Plague in India, 1896, 1897 - Volume 1
Year: 1896
Disease focus: Plague
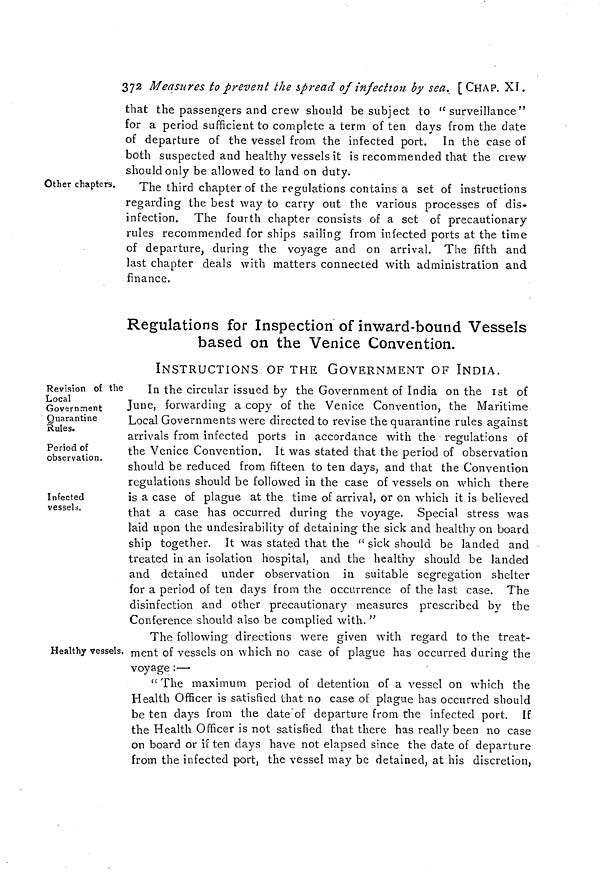
372 Measures to prevent the spread of infection by sea. [ CHAP. XI .
that the passengers and crew should be subject to " surveillance"
for a period sufficient to complete a term of ten days from the date
of departure of the vessel from the infected port. In the case of
both suspected and healthy vessels it is recommended that the crew
should only be allowed to land on duty.
Other chapters.
The third chapter of the regulations contains a set of instructions
regarding the best way to carry out the various processes of dis-
infection. The fourth chapter consists of a set of precautionary
rules recommended for ships sailing from infected ports at the time
of departure, during the voyage and on arrival. The fifth and
last chapter deals with matters connected with administration and
finance.
Regulations for Inspection of inward-bound Vessels
based on the Venice Convention.
INSTRUCTIONS OF THE GOVERNMENT OF INDIA.
Revision of the
Local
Government
Quarantine
Rules.
Period of
observation.
Infected
vessels.
In the circular issued by the Government of India on the 1st of
June, forwarding a copy of the Venice Convention, the Maritime
Local Governments were directed to revise the quarantine rules against
arrivals from infected ports in accordance with the regulations of
the Venice Convention. It was stated that the period of observation
should be reduced from fifteen to ten days, and that the Convention
regulations should be followed in the case of vessels on which there
is a case of plague at the time of arrival, or on which it is believed
that a case has occurred during the voyage. Special stress was
laid upon the undesirability of detaining the sick and healthy on board
ship together. It was stated that the " sick should be landed and
treated in an isolation hospital, and the healthy should be landed
and detained under observation in suitable segregation shelter
for a period of ten days from the occurrence of the last case. The
disinfection and other precautionary measures prescribed by the
Conference should also be complied with. "
Healthy vessels.
The following directions were given with regard to the treat-
ment of vessels on which no case of plague has occurred during the
voyage:—
"The maximum period of detention of a vessel on which the
Health Officer is satisfied that no case of plague has occurred should
be ten days from the date of departure from the infected port. If
the Health Officer is not satisfied that there has really been no case
on board or if ten days have not elapsed since the date of departure
from the infected port, the vessel may be detained, at his discretion,